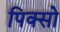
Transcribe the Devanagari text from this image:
पिक्सो